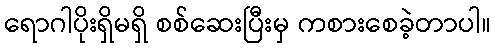
ရောဂါပိုးရှိမရှိ စစ်ဆေးပြီးမှ ကစားစေခဲ့တာပါ။